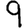
Digit: 9